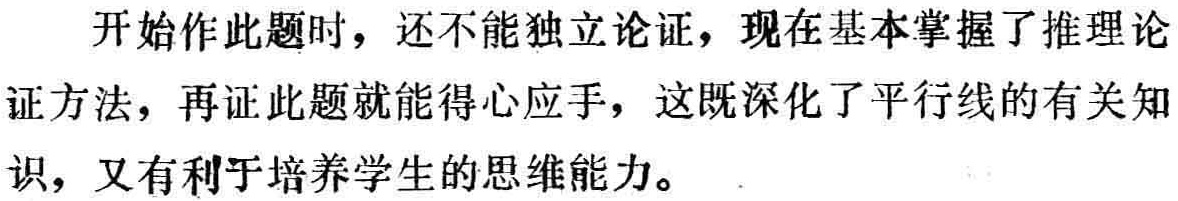
开始作此题时，还不能独立论证，现在基本掌握了推理论证方法，再证此题就能得心应手，这既深化了平行线的有关知识，又有利于培养学生的思维能力。